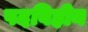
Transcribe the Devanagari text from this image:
पदविहीन